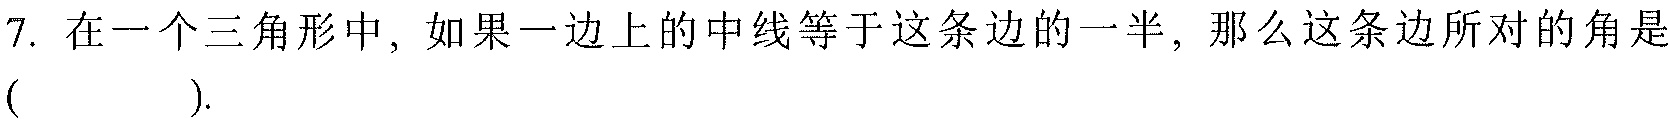
7. 在一个三角形中，如果一边上的中线等于这条边的一半，那么这条边所对的角是( ).